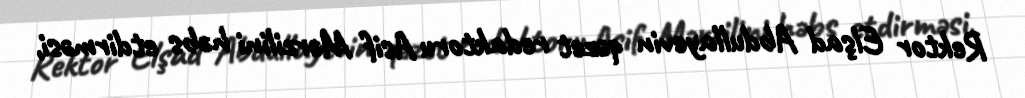
Rektor Elşad Abdullayevin qəzet redaktoru Asif Mərzilini həbs etdirməsi,